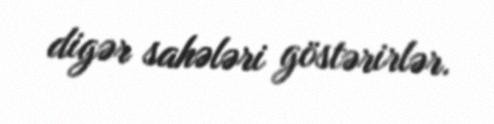
digər sahələri göstərirlər.